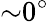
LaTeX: {\sim}0^{\circ}